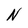
Character: N